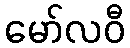
မော်လဝီ